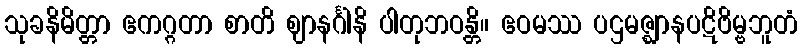
သုခနိမိတ္တာ ဧကဂ္ဂတာ စာတိ ဈာနင်္ဂါနိ ပါတုဘဝန္တိ။ ဧဝမဿ ပဌမဇ္ဈာနပဋိဗိမ္ဗဘူတံ